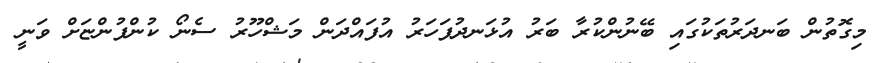
މިގޮތުން ބަނދަރުތަކުގައި ބޭނުންކުރާ ބަރު އުޅަނދުފަހަރު އުފައްދަން މަޝްހޫރު ސެނޯ ކުންފުންޏަށް ވަނީ